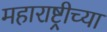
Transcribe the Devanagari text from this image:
महाराष्ट्रीच्या